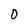
Character: O